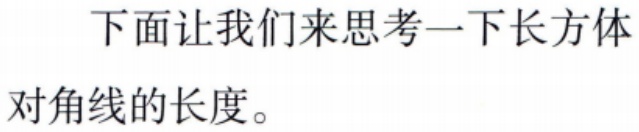
下面让我们来思考一下长方体
对角线的长度。